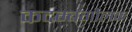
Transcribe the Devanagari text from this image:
कदम्बगोलक